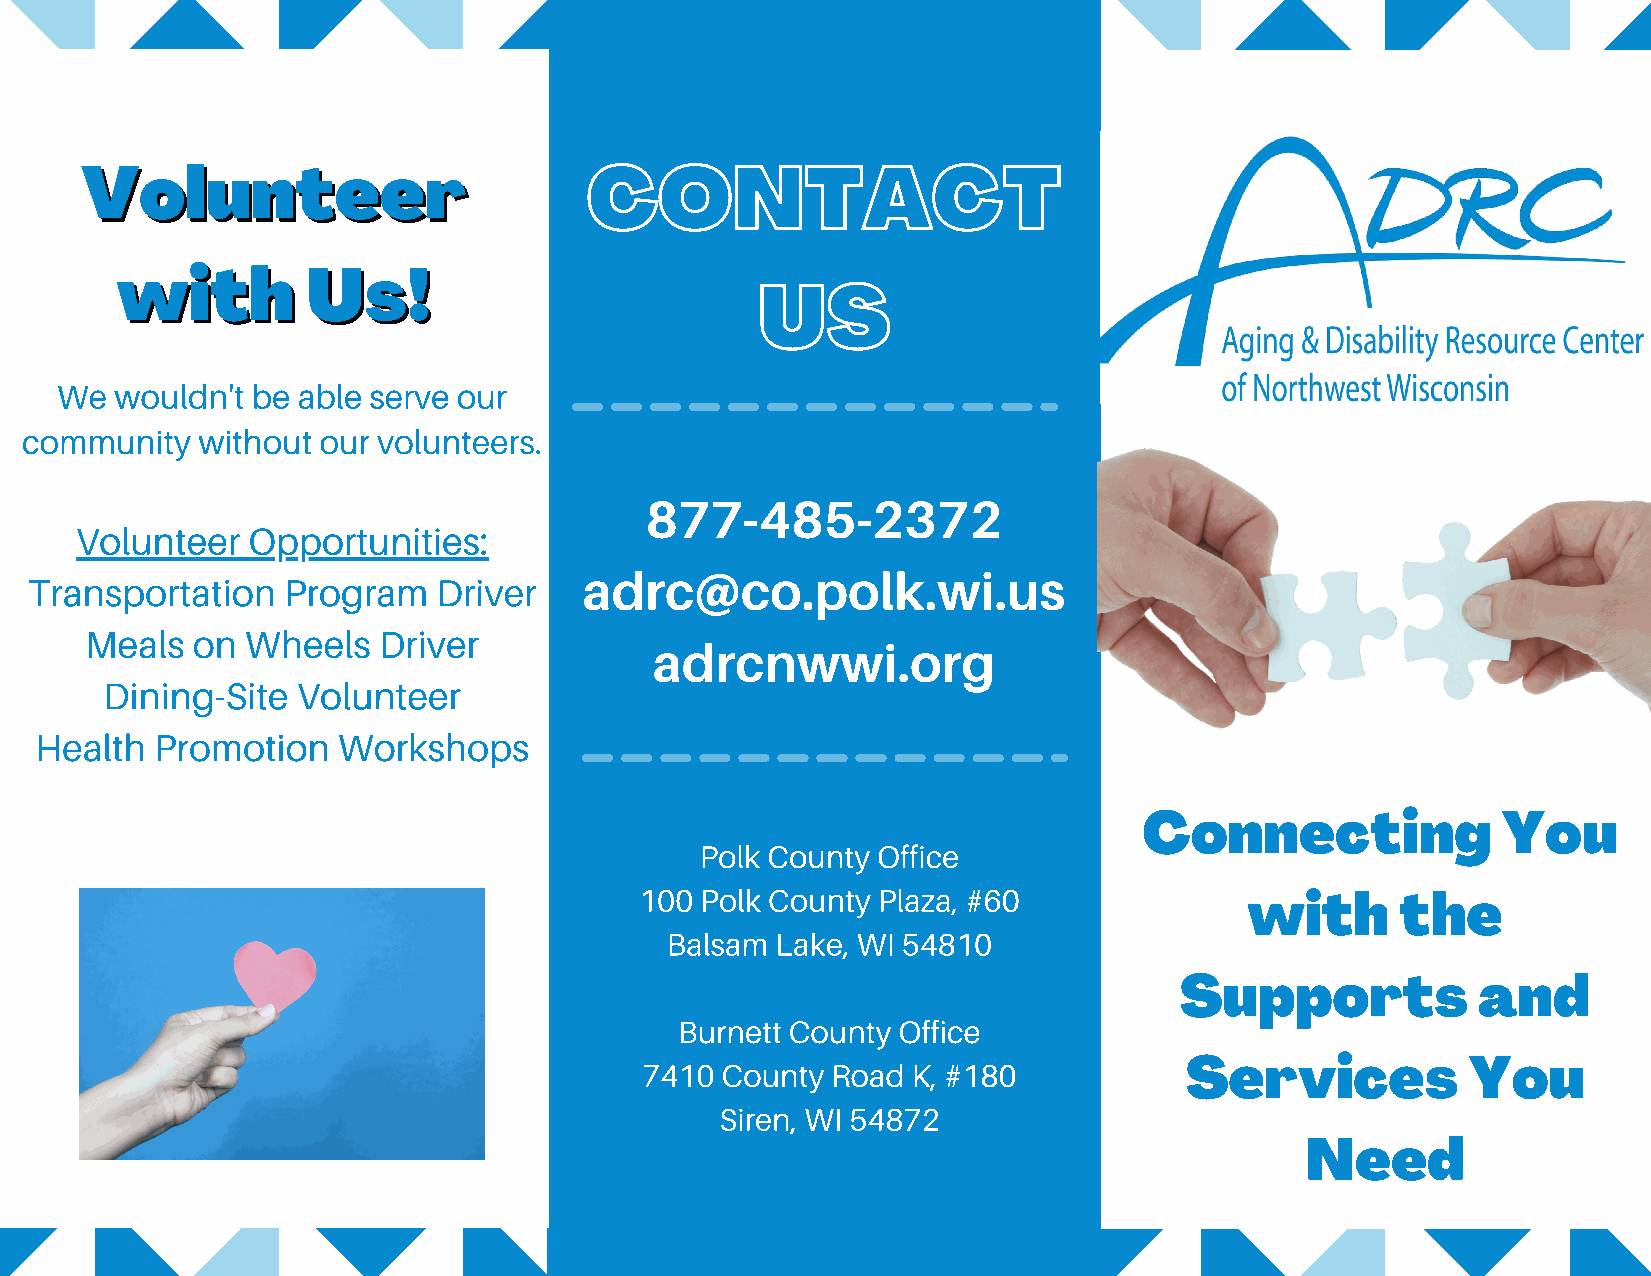
VVoolluunntteeeerr                CONTACT
 wwiitthh    UUss!!
 US
 We  wouldn't be able serve our
 community   without our volunteers.
 877-485-2372
 Volunteer  Opportunities:
 Transportation   Program   Driver    adrc@co.polk.wi.us
 Meals  on Wheels   Driver
 adrcnwwi.org
 Dining-Site  Volunteer
 Health  Promotion   Workshops
 Connecting             You
 Polk County Office
 100 Polk County Plaza, #60               with      the
 Balsam Lake, WI 54810
 Supports            and
 Burnett County Office
 Services           You
 7410  County Road K, #180
 Siren, WI 54872
 Need